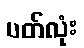
ပတ်လုံး